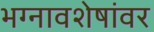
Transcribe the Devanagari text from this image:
भग्नावशेषांवर